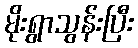
မိုးရွာသွန်းပြီး